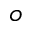
o